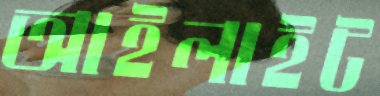
আইলাইট